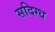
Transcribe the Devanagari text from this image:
सदिग्ध